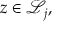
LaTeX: z \in { \mathcal { L } } _ { j } ,